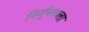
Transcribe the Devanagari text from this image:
निर्गुन्त्वाला